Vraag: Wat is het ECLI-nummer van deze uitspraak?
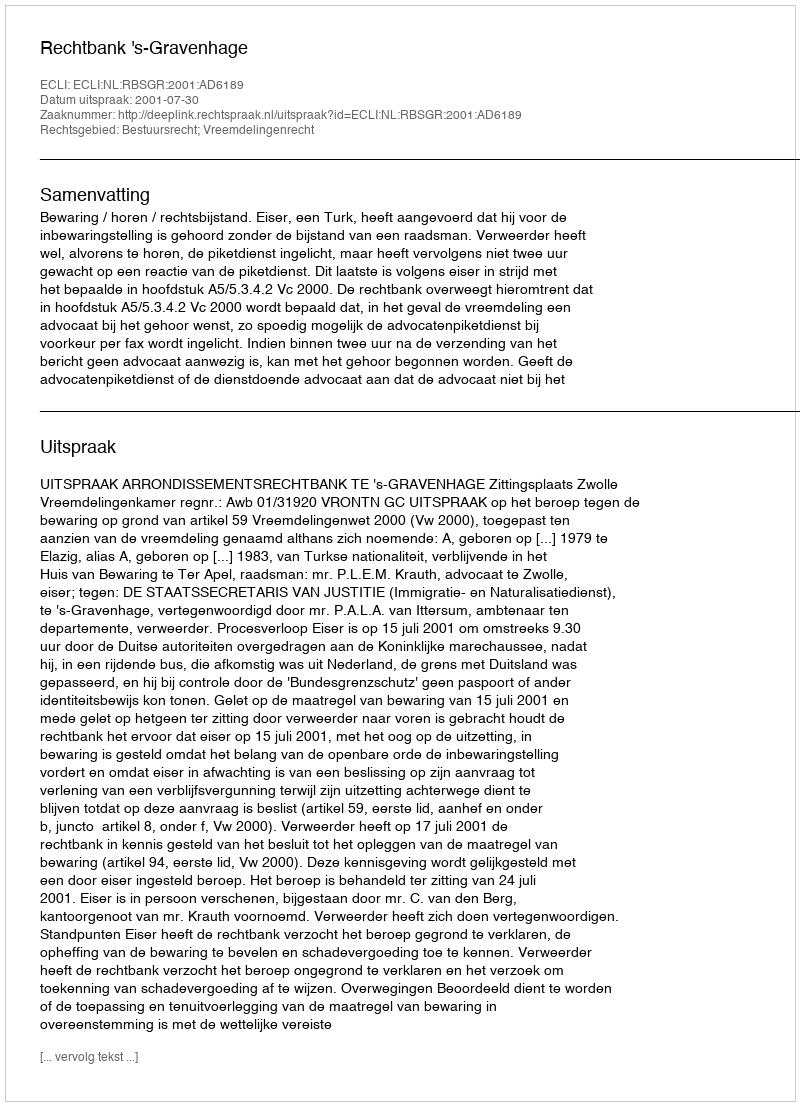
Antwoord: ECLI:NL:RBSGR:2001:AD6189